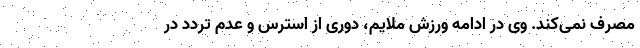
مصرف نمی‌کند. وی در ادامه ورزش ملایم، دوری از استرس و عدم تردد در